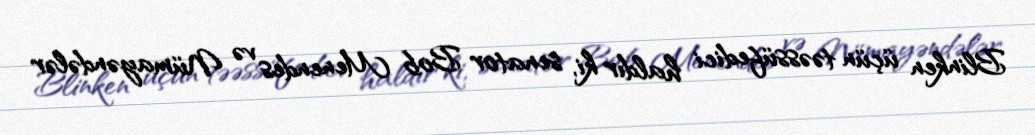
Blinken üçün təəssüfedici haldır ki, senator Bob Menendes və Nümayəndələr